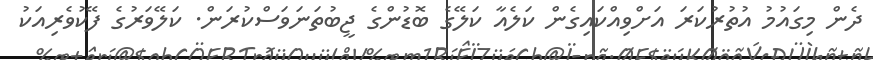
ދެން މިގައުމު އުތުރުކަރަ އަށްވިއްކައިގެން ކަލެއާ ކަލޭގެ ބޮޑުންގެ ޖީބުތަނަވަސްކުރަން. ކަލޭވަރުގެ ފޭކުވެރިއަކު